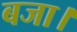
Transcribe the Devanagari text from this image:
बजा।